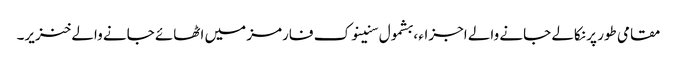
مقامی طور پر نکالے جانے والے اجزاء ، بشمول سنینوک فارمز میں اٹھائے جانے والے خنزیر۔